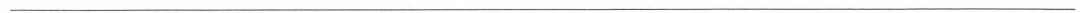
___